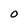
Character: 0